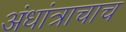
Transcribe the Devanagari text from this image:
अंधांत्राचाच